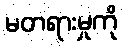
မတရားမှုကို